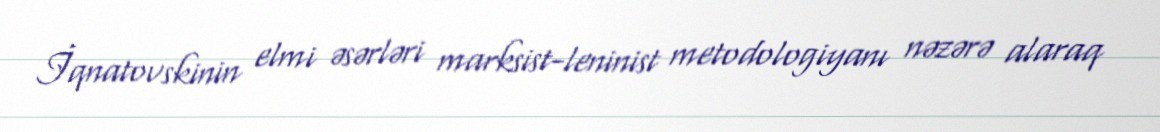
İqnatovskinin elmi əsərləri marksist-leninist metodologiyanı nəzərə alaraq